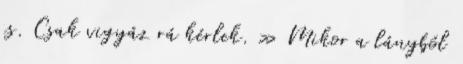
is. Csak vigyáz rá kérlek. » Mikor a lányból